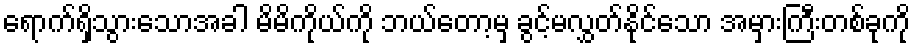
ရောက်ရှိသွားသောအခါ မိမိကိုယ်ကို ဘယ်တော့မှ ခွင့်မလွှတ်နိုင်သော အမှားကြီးတစ်ခုကို